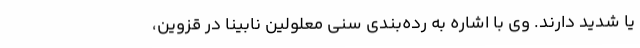
یا شدید دارند. وی با اشاره به رده‌بندی سنی معلولین نابینا در قزوین،